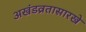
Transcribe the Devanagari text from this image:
अखंडव्रतासारखे